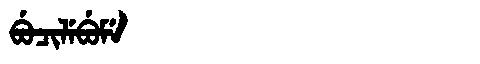
Manchu: ᠪᡠᠴᡳᠯᡝᠪᡠᠮᡝ
Romanization: BUCILEBUME